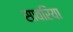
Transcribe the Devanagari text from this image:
सावरिया